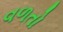
વળતો